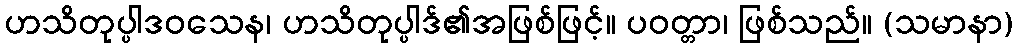
ဟသိတုပ္ပါဒဝသေန၊ ဟသိတုပ္ပါဒ်၏အဖြစ်ဖြင့်။ ပဝတ္တာ၊ ဖြစ်သည်။ (သမာနာ)